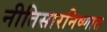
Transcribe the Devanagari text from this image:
नीतिसारनिष्णात